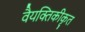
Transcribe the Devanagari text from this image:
वैयक्तिकीकृत